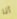
أنا